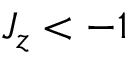
J _ { z } < - 1